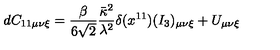
d C _ { 1 1 \mu \nu \xi } = \frac { \beta } { 6 \sqrt { 2 } } \frac { \bar { \kappa } ^ { 2 } } { \lambda ^ { 2 } } \delta ( x ^ { 1 1 } ) ( I _ { 3 } ) _ { \mu \nu \xi } + U _ { \mu \nu \xi }